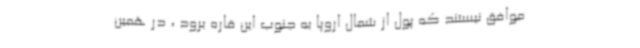
موافق نیستند که پول از شمال اروپا به جنوب این قاره برود ، در همین